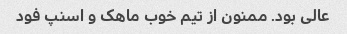
عالی بود. ممنون از تیم خوب ماهک و اسنپ فود